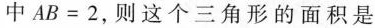
中$$A B = 2$$，则这个三角形的面积是